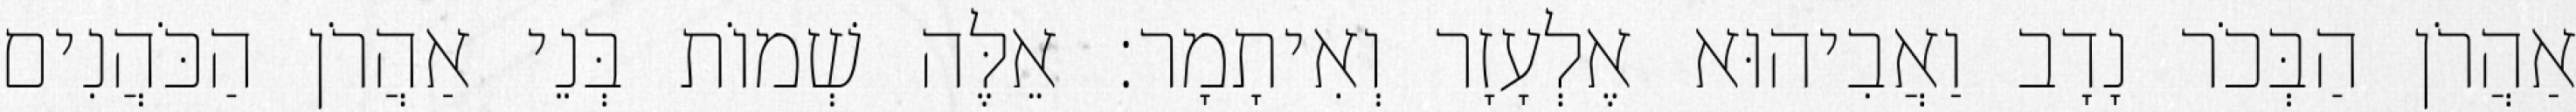
אַהֲרֹן הַבְּכֹר נָדָב וַאֲבִיהוּא אֶלְעָזָר וְאִיתָמָר׃ אֵלֶּה שְׁמוֹת בְּנֵי אַהֲרֹן הַכֹּהֲנִים